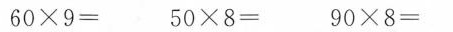
$$6 0 \time 9 =$$ $$5 0 \times 8 =$$ $$9 0 \times 8 =$$